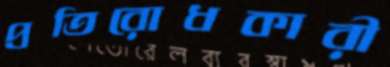
প্রতিরোধকারী